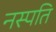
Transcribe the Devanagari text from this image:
नस्पति